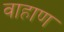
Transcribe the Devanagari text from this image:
वाहाण